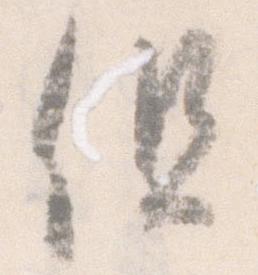
但